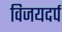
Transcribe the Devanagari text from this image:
विजयदर्प